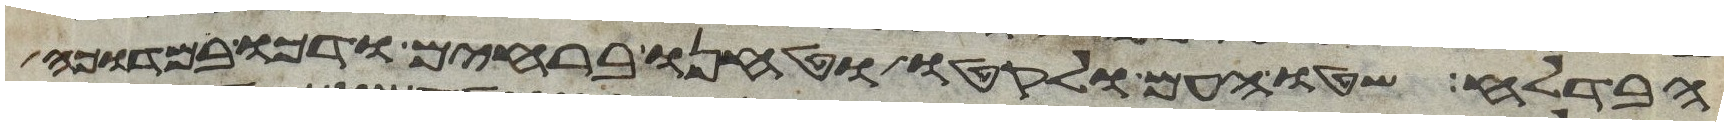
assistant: הבדלח שטו העם ולקטו וטחנו ברחים ודכו במדוכה